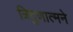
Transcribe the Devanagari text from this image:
त्रिगुणात्मने